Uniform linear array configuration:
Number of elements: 64
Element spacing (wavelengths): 1
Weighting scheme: cosine
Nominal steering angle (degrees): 0
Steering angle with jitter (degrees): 0.9149
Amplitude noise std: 0.05
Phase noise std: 0.05

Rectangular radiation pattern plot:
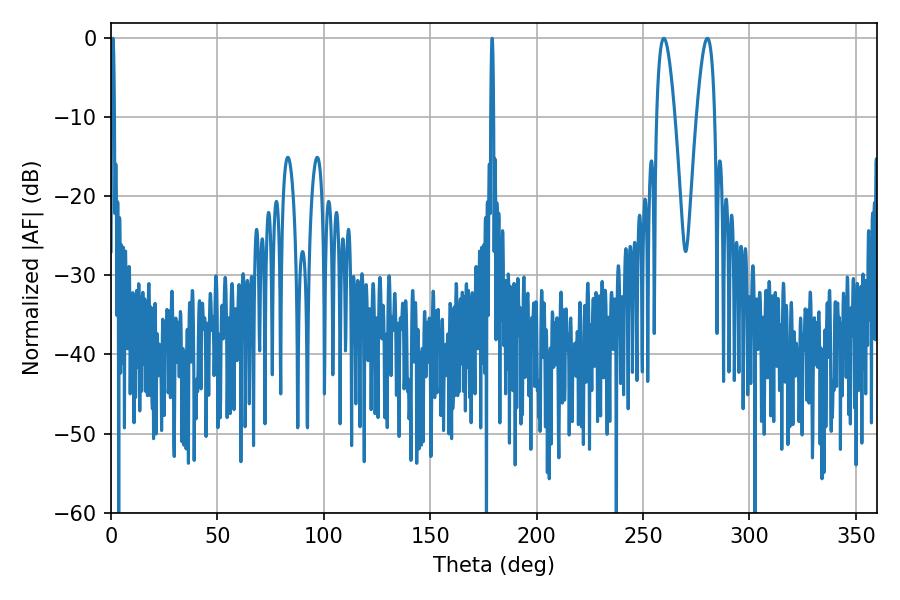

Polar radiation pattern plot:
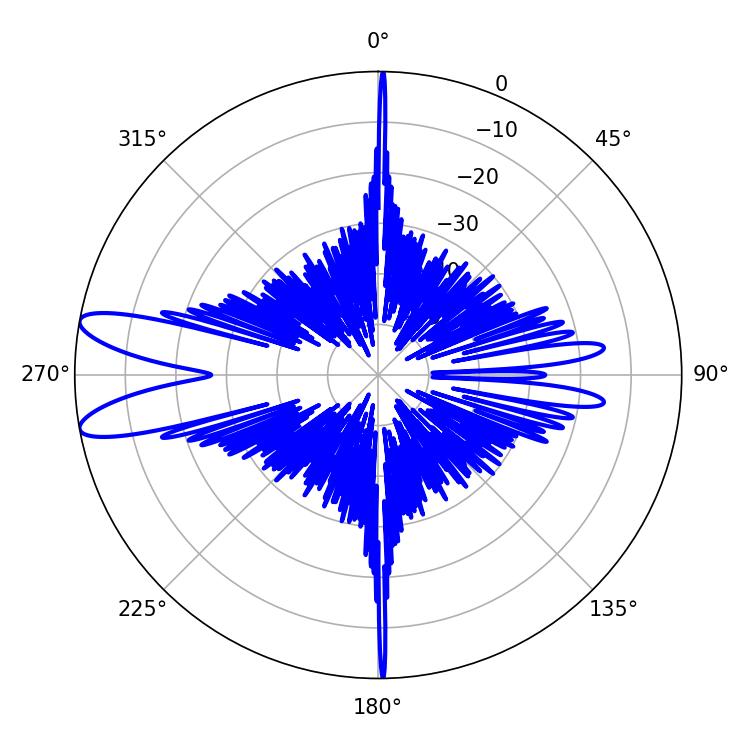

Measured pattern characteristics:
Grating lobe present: TRUE
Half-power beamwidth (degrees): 4.68
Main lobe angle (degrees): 259.74